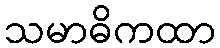
သမာဓိကထာ